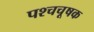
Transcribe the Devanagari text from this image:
पश्चचूषक